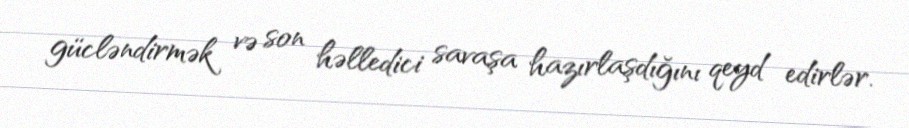
gücləndirmək və son həlledici savaşa hazırlaşdığını qeyd edirlər.